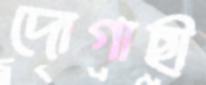
দোগাছী